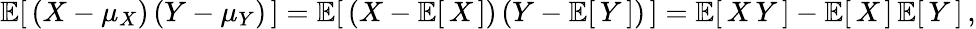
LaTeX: \operatorname{\mathbb{E}}[\, \left(X-\mu_{X}\right)\left(Y-\mu_{Y}\right)\, ]=\operatorname{\mathbb{E}}[\, \left(X-\operatorname{\mathbb{E}}[\, X\, ]\right)\left(Y-\operatorname{\mathbb{E}}[\, Y\, ]\right)\, ]=\operatorname{\mathbb{E}}[\, X\, Y\, ]-\operatorname{\mathbb{E}}[\, X\, ]\operatorname{\mathbb{E}}[\, Y\, ]\, ,